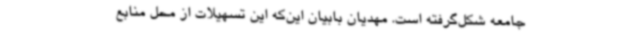
جامعه شکل‌گرفته است. مهدیان بابیان این‌که این تسهیلات از محل منابع